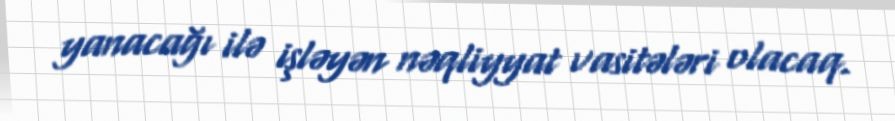
yanacağı ilə işləyən nəqliyyat vasitələri olacaq.